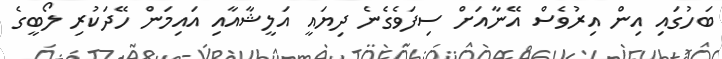
ބަހުގައި އިން އިރުވެސް އޭނާއަށް ސިފަވެގެނެ ދިޔައީ އަލީޝާއާއި އައިމަން ހޭދަކުރި ލޯބީގެ